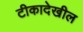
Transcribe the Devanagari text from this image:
टीकादेखील